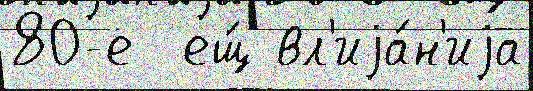
80-е  ещ́ вл'иjа́н'иjа